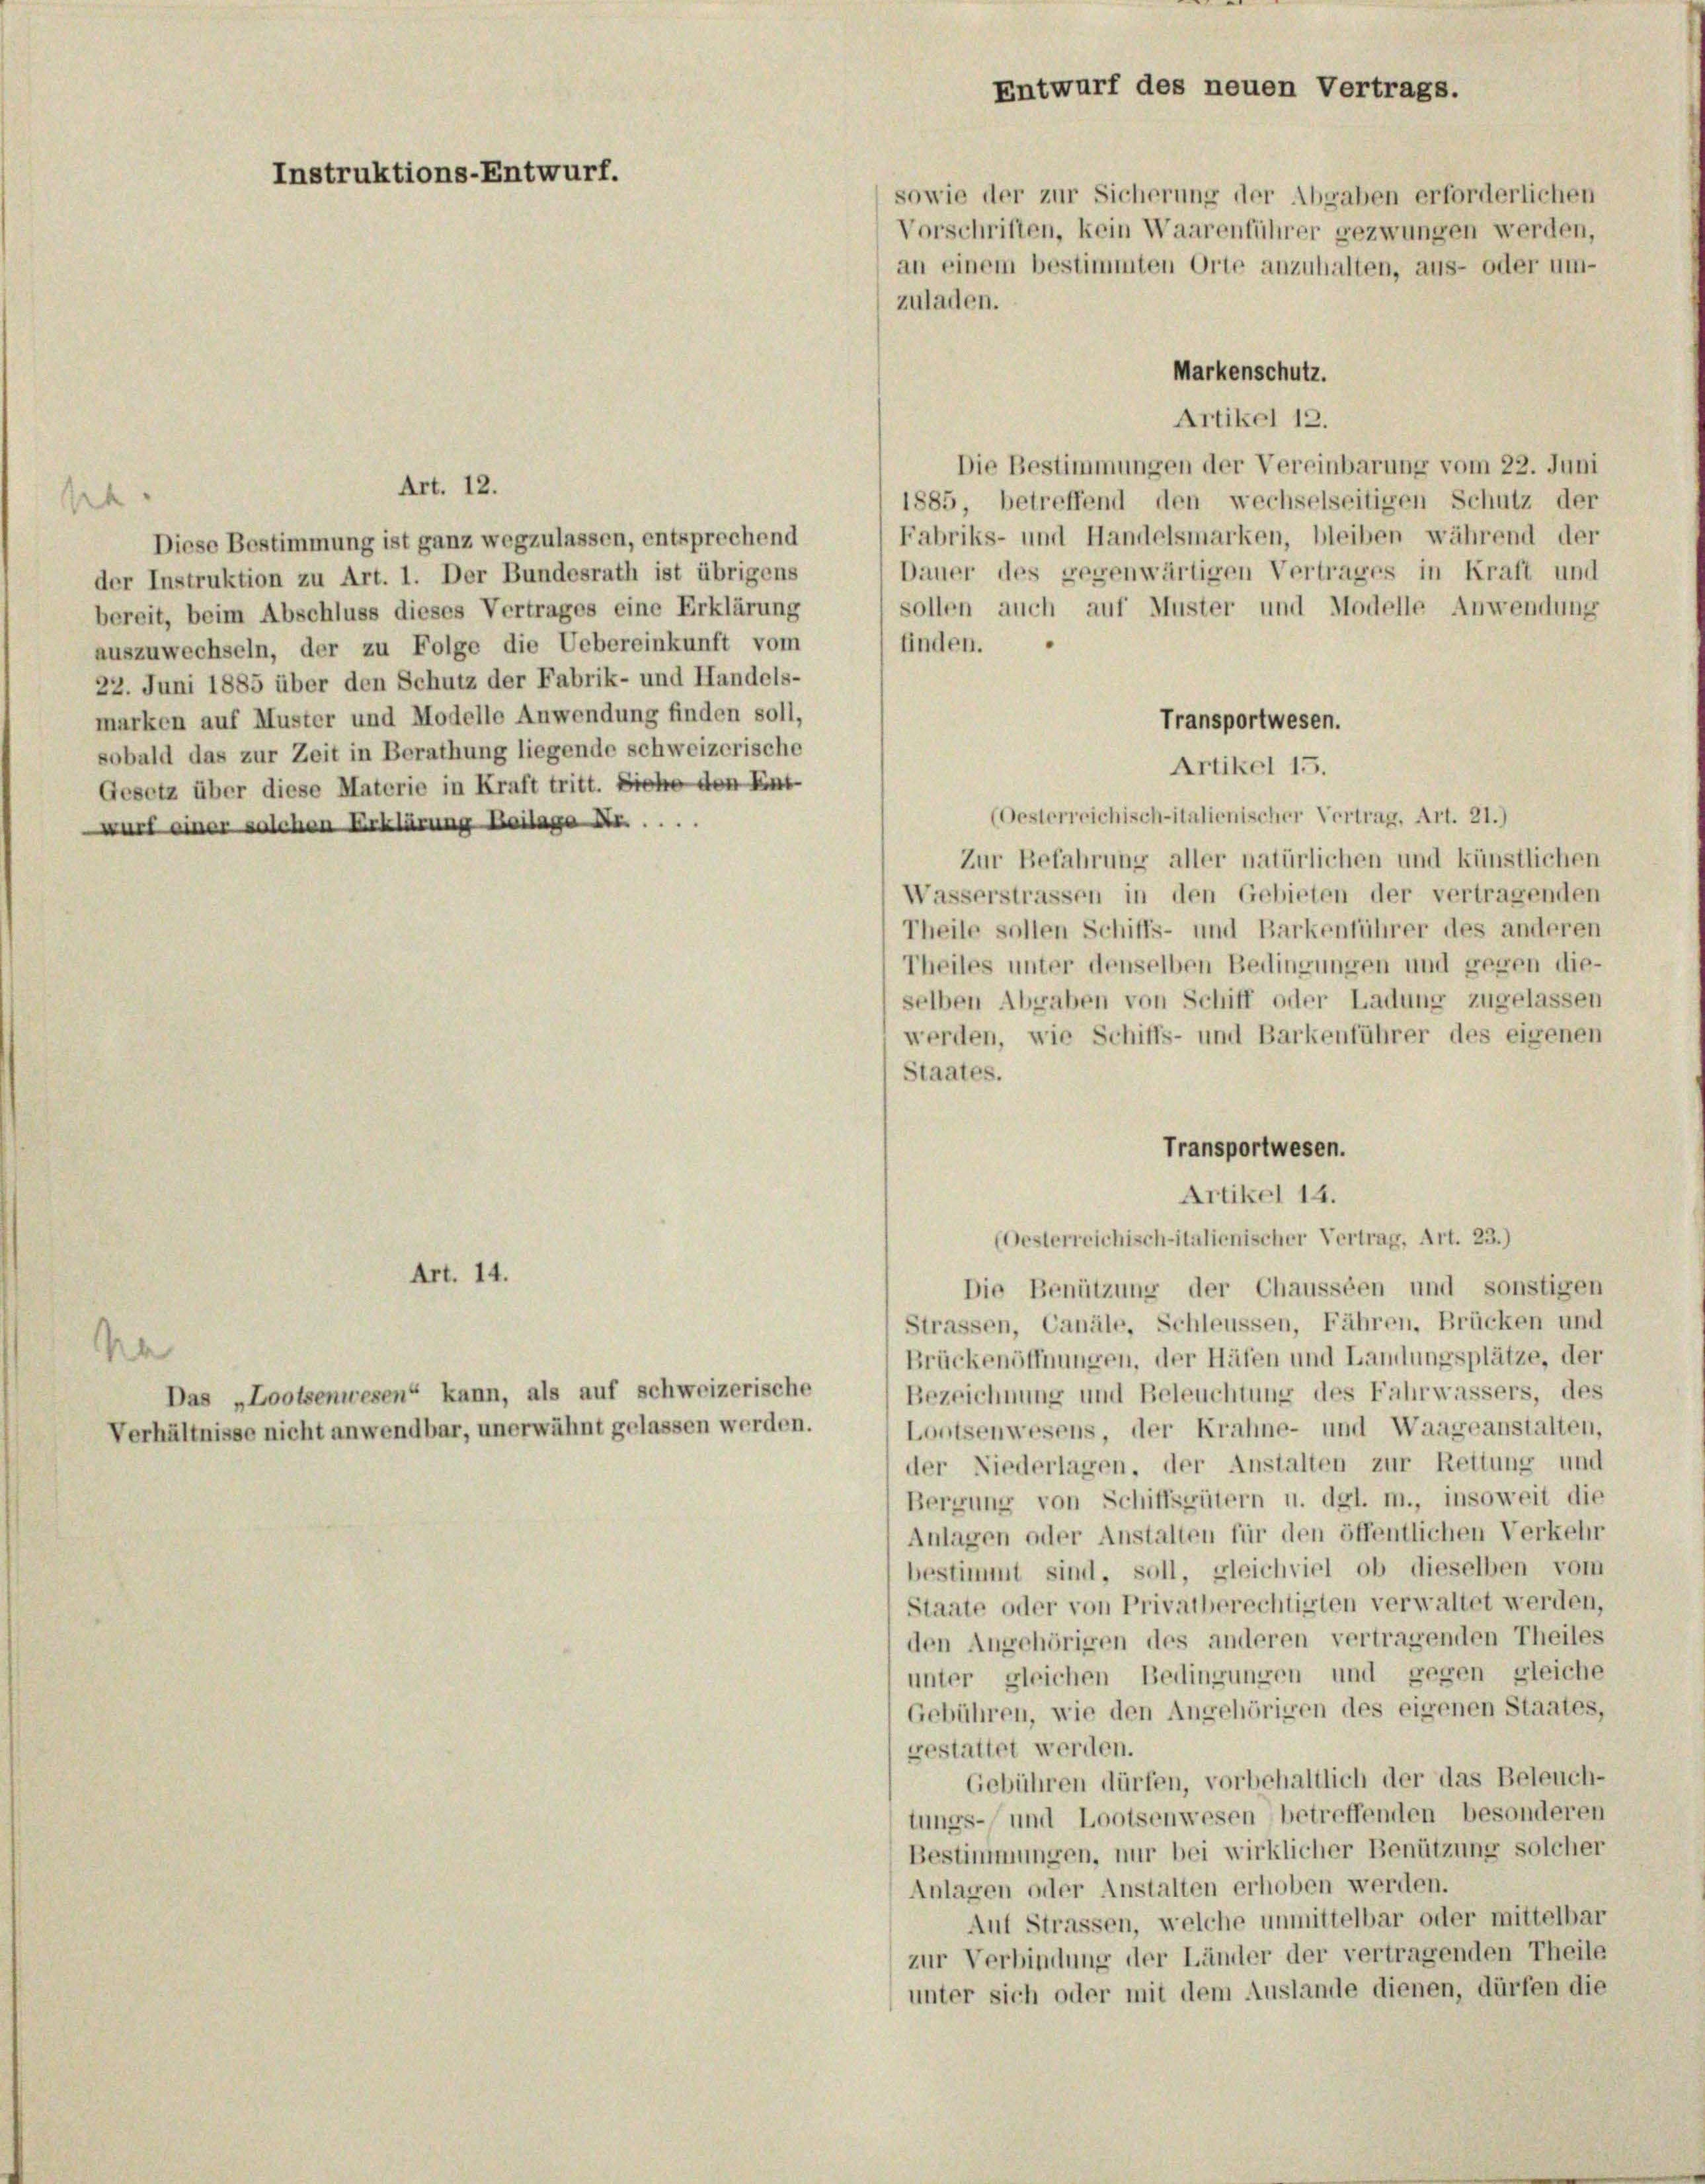
A

Instruktions-Entwurf.

sowie der zur Sicherung der Abgaben erforderlichen
Markenschutz.
Artikel 12.
Die Bestimmungen der Vereinbarung vom 22. Juni
Art. 12.
1885, betreffend den wechselseitigen Schutz der
Fabriks- und Handelsmarken, bleiben während der
Diese Bestimmung ist ganz wegzulassen, entsprechend
Dauer des gegenwärtigen Vertrages in Kraft und
der Instruktion zu Art. 1. Der Bundesrath ist übrigens
sollen auch auf Muster und Modelle Anwendung
bereit, beim Abschluss dieses Vertrages eine Erklärung
finden.
auszuwechseln, der zu Folge die Uebereinkunft vom
22. Juni 1885 über den Schutz der Fabrik- und Handels-
marken auf Muster und Modelle Anwendung finden soll,
Transportwesen.
sobald das zur Zeit in Berathung liegende schweizerische
Artikel 15.
Gesetz über diese Materie in Kraft tritt. Siehe den Ent-
(Oesterreichisch-italienischer Vertrag, Art. 21.)
wurf einer solchen Erklärung Koilage ....
Zur Befahrung aller natürlichen und künstlichen
Wasserstrassen in den Gebieten der vertragenden
Theile sollen Schiffs- und Barkenführer des anderen
Theiles unter denselben Bedingungen und gegen die-
selben Abgaben von Schiff oder Ladung zugelassen
werden, wie Schiffs- und Barkenführer des eigenen
Staates.
Transportwesen.
Artikel 14.
(Oesterreichisch-italienischer Vertrag, Art. 23.)
Art. 14.
Die Benützung der Chausseen und sonstigen
Strassen, Canäle, Schleussen, Fähren, Brücken und
Na
Brückenöffnungen, der Häfen und Landlungsplätze, der
Das „Loolsenwesen“ kann, als auf schweizerische
Bezeichnung und Beleuchtung des Fahrwassers, des
Verhältnisse nicht anwendbar, unerwähnt gelassen werden.
Lootsenwesens, der Krahne- und Waageanstalten,
der Niederlagen, der Anstalten zur Rettung und
Bergung von Schiffsgütern u. dgl. m., insoweit die
Anlagen oder Anstalten für den öffentlichen Verkehr
bestimmt sind, soll, gleichviel ob dieselben vom
Staate oder von Privatberechtigten verwaltet werden,
den Angehörigen des anderen vertragenden Theiles
unter gleichen Bedingungen und gegen gleiche
Gebühren, wie den Angehörigen des eigenen Staates,
gestattet werden.
Gebühren dürfen, vorbehaltlich der das Beleuch-
tungs- und Lootsenwesen betreffenden besonderen
Bestimmungen, nur bei wirklicher Benützung solcher
Anlagen oder Anstalten erhoben werden.
Auf Strassen, welche unmittelbar oder mittelbar
zur Verbindung der Länder der vertragenden Theile
unter sich oder mit dem Auslande dienen, dürfen die

Entwurf des neuen Vertrags.

Vorschriften, kein Waarenführer gezwungen werden,
an einem bestimmten Orte anzuhalten, aus- oder um-
zuladen.